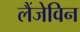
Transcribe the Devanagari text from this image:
लैंजेविन